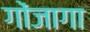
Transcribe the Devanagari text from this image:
गोंजागा